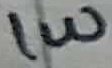
Text: 1W